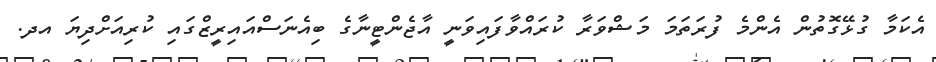
އެކަމާ ގުޅޭގޮތުން އެންމެ ފުރަތަމަ މަޝްވަރާ ކުރައްވާފައިވަނީ އާޖެންޓީނާގެ ބިއެނަސްއައިރީޒްގައި ކުރިއަށްދިޔަ އދ.